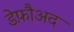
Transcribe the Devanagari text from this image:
डेफ़ौअद